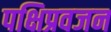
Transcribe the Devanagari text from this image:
पक्षिप्रवजन